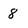
Character: 8